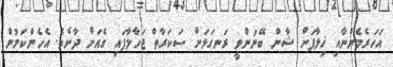
އަހަރެމެންނާއި ޚިލާފަށް ޝާން ބޭނުންވީ ރަނގަޅަށް ސަކަރާތް ޖަހާލާފައި ގެއަށް ދާށެވެ. އެހެންކަމުން